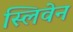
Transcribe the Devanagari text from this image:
स्लिवेन